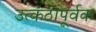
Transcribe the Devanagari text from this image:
उत्कंठापूर्वक